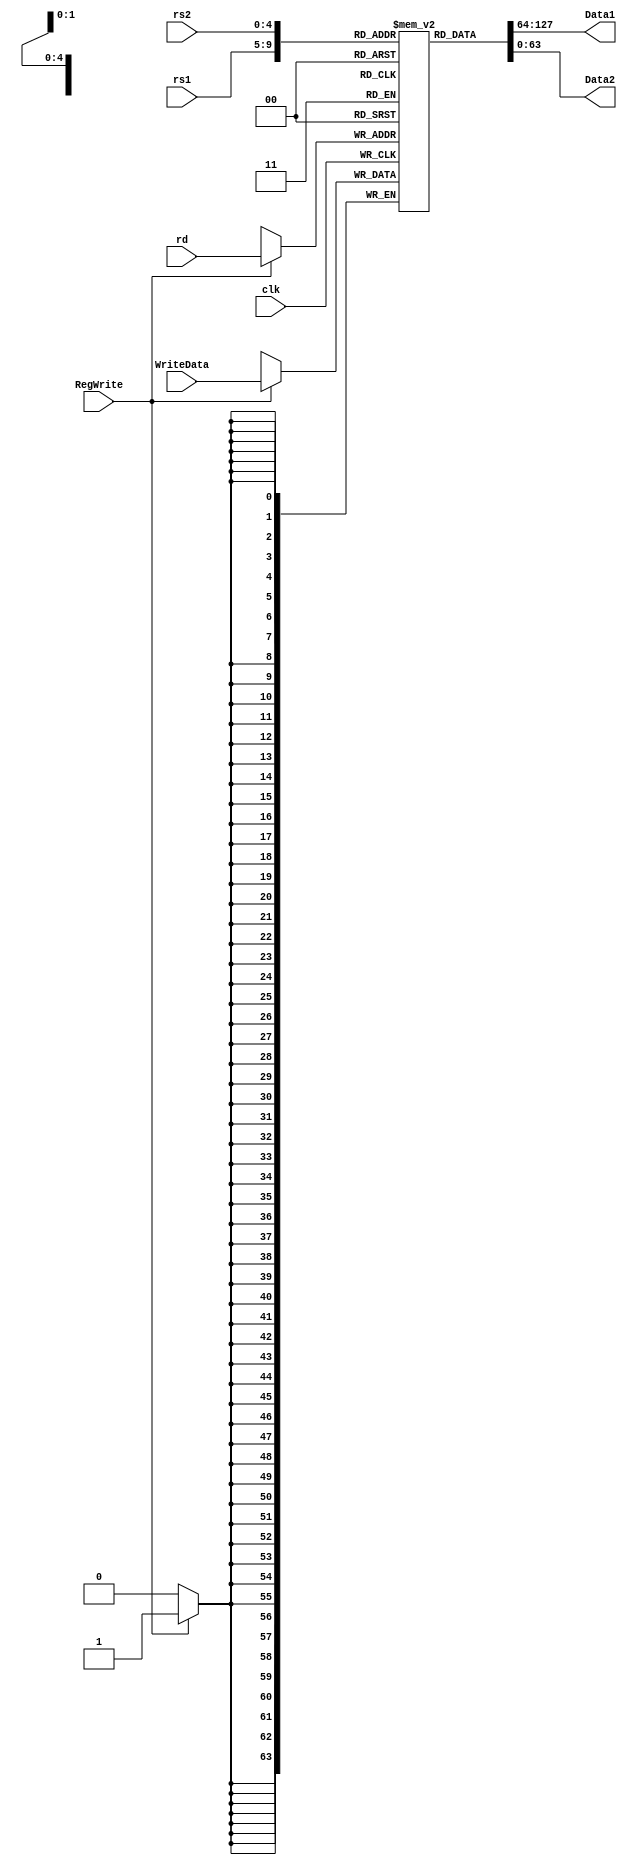
`timescale 1ns / 1ps
module RegisterMemory(rs1,rs2,rd,WriteData,RegWrite,Data1,Data2,clk);
input    clk;      
input    RegWrite; 
input  [4:0] rs1;        
input  [4:0] rs2;        
input  [4:0] rd;     
input  [63:0] WriteData; 
output  [63:0] Data1;    
output  [63:0] Data2;    
reg [63:0] RF [31:0];

assign Data1 = RF[rs1];
assign Data2 = RF[rs2];
always @ (posedge clk ) begin
  if(RegWrite) begin
    RF[rd] <= WriteData;
  end
end
endmodule